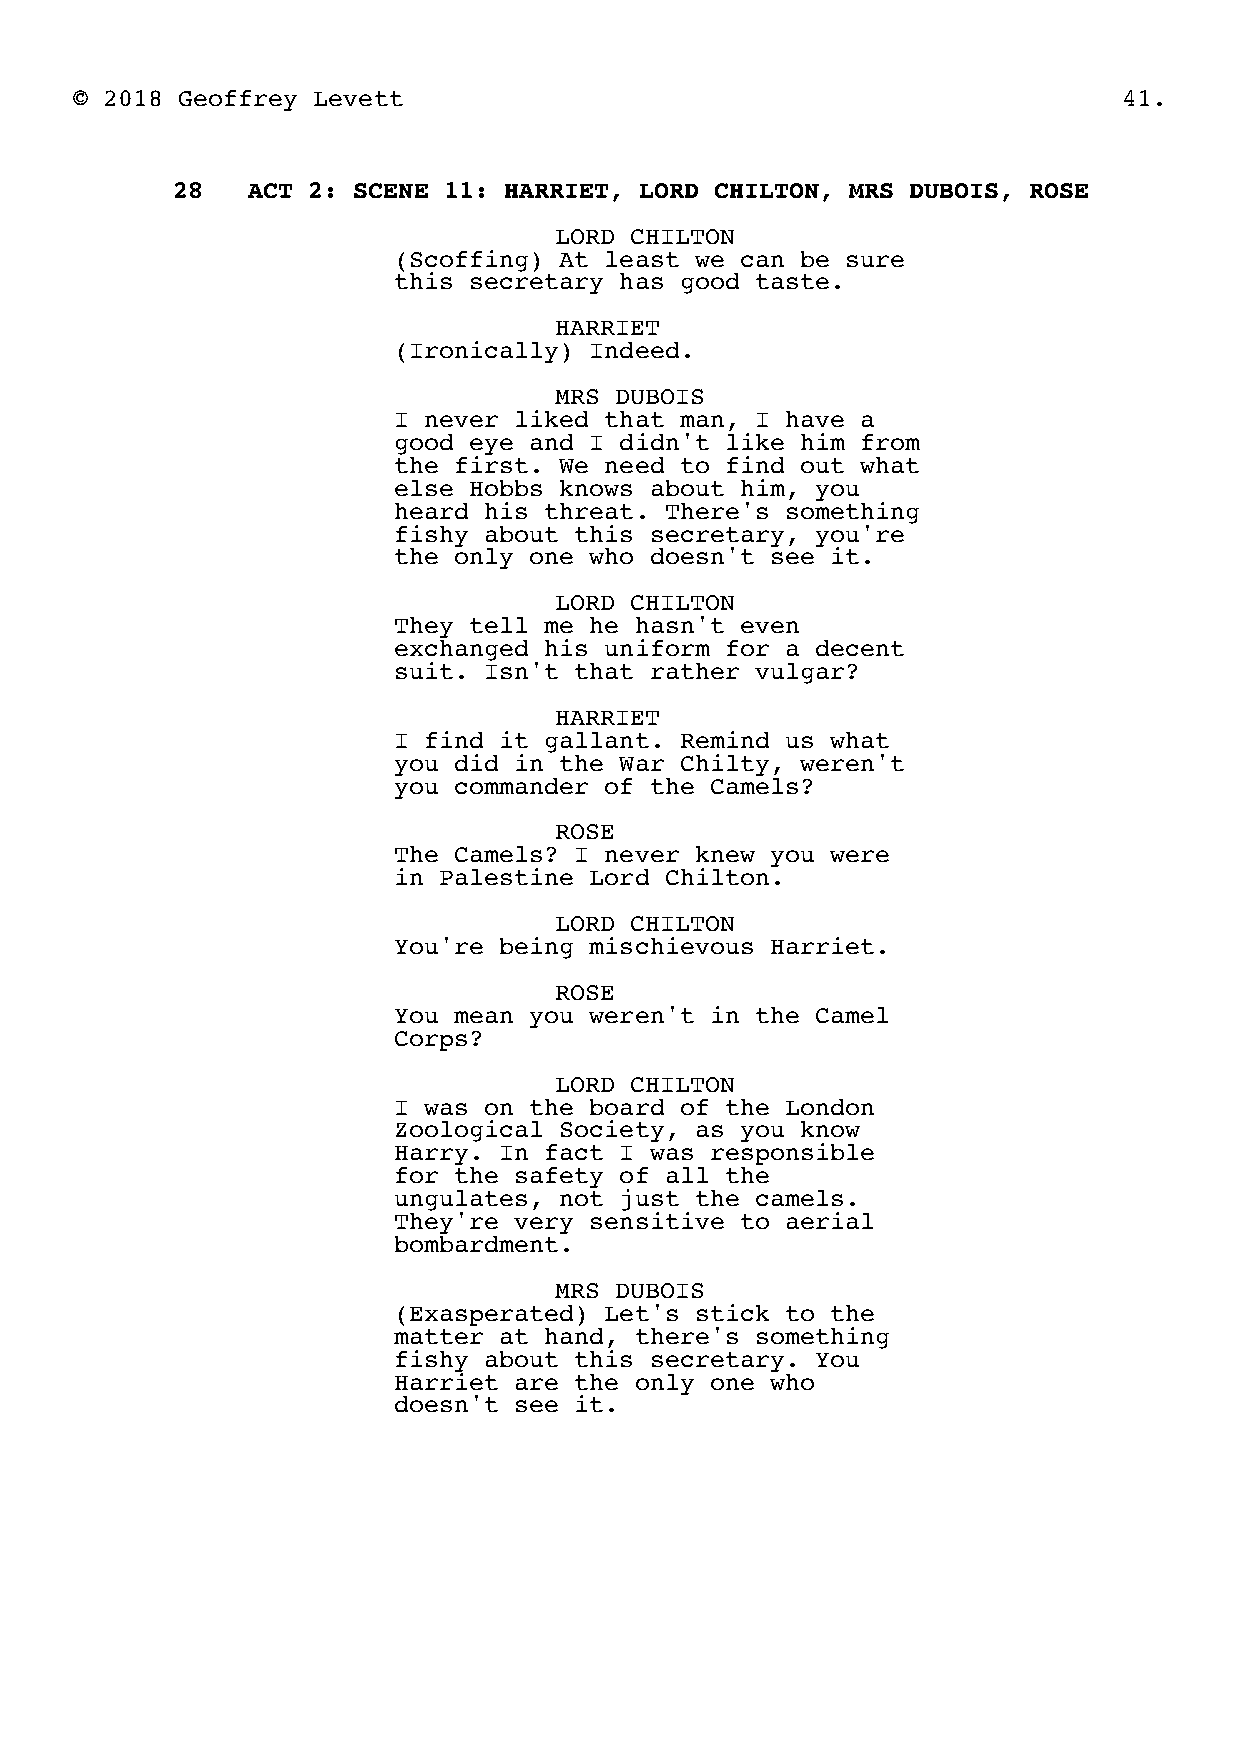
© 2018 Geoffrey Levett                                               41.
 28   ACT 2: SCENE 11: HARRIET, LORD CHILTON, MRS DUBOIS, ROSE
 LORD CHILTON
 (Scoffing) At least we can be sure
 this secretary has good taste.
 HARRIET
 (Ironically) Indeed.
 MRS DUBOIS
 I never liked that man, I have a
 good eye and I didn't like him from
 the first. We need to find out what
 else Hobbs knows about him, you
 heard his threat. There's something
 fishy about this secretary, you're
 the only one who doesn't see it.
 LORD CHILTON
 They tell me he hasn't even
 exchanged his uniform for a decent
 suit. Isn't that rather vulgar?
 HARRIET
 I find it gallant. Remind us what
 you did in the War Chilty, weren't
 you commander of the Camels?
 ROSE
 The Camels? I never knew you were
 in Palestine Lord Chilton.
 LORD CHILTON
 You're being mischievous Harriet.
 ROSE
 You mean you weren't in the Camel
 Corps?
 LORD CHILTON
 I was on the board of the London
 Zoological Society, as you know
 Harry. In fact I was responsible
 for the safety of all the
 ungulates, not just the camels.
 They're very sensitive to aerial
 bombardment.
 MRS DUBOIS
 (Exasperated) Let's stick to the
 matter at hand, there's something
 fishy about this secretary. You
 Harriet are the only one who
 doesn't see it.